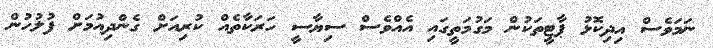
ނަމަވެސް އިދިކޮޅު ޕާޓީތަކުން މަގުމަތީގައި އެއްވެސް ސިޔާސީ ހަރަކާތެއް ކުރިއަށް ގެންދިއުމަށް ފުލުހުން